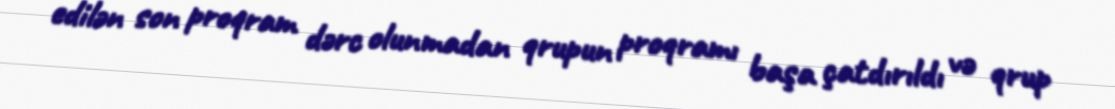
edilən son proqram dərc olunmadan qrupun proqramı başa çatdırıldı və qrup